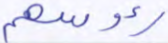
رءوسهم